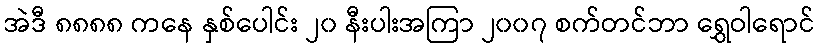
အဲဒီ ၈၈၈၈ ကနေ နှစ်ပေါင်း ၂၀ နီးပါးအကြာ ၂၀၀၇ စက်တင်ဘာ ရွှေဝါရောင်